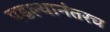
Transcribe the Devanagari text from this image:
पडल्यानंतरच